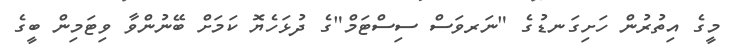
މީގެ އިތުރުން ހަށިގަނޑުގެ "ނަރވަސް ސިސްޓަމް"ގެ ދުޅަހެޔޮ ކަމަށް ބޭނުންވާ ވިޓަމިން ބީގެ